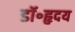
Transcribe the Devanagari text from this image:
डॉ॰हृदय